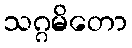
သဂ္ဂမိတော